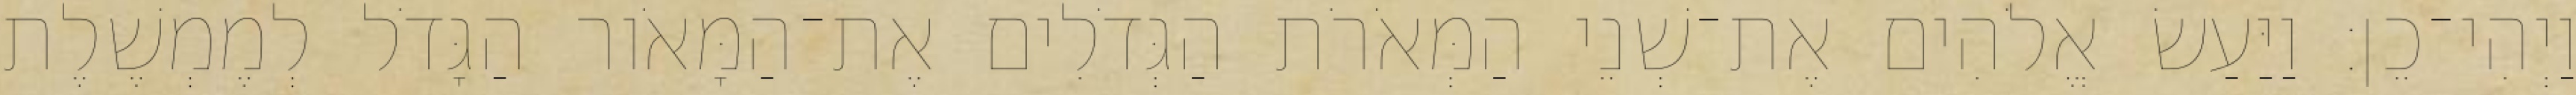
וַיְהִי־כֵן׃ וַיַּעַשׂ אֱלֹהִים אֶת־שְׁנֵי הַמְּאֹרֹת הַגְּדֹלִים אֶת־הַמָּאֹור הַגָּדֹל לְמֶמְשֶׁלֶת